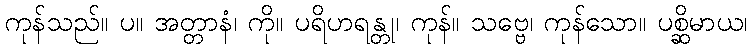
ကုန်သည်။ ပ။ အတ္တာနံ၊ ကို။ ပရိဟရန္တု၊ ကုန်။ သဗ္ဗေ၊ ကုန်သော။ ပစ္ဆိမာယ၊